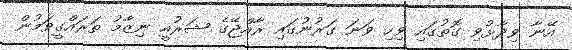
އޭނާ ވިދާޅުވި ގޮތުގައި ވިހި ވަނަ ގަރުނުގައި ރާއްޖޭގެ ޝަރުއީ ނިޒާމު ތަރައްގީވަމުން